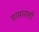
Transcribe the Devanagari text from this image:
सामानाशी